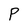
Character: P